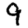
Digit: 9